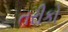
તરીકો